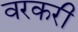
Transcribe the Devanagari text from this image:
वरकरी